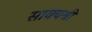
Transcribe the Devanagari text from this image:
साक्यश्री